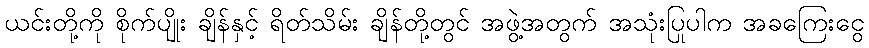
ယင်းတို့ကို စိုက်ပျိုး ချိန်နှင့် ရိတ်သိမ်း ချိန်တို့တွင် အဖွဲ့အတွက် အသုံးပြုပါက အခကြေးငွေ